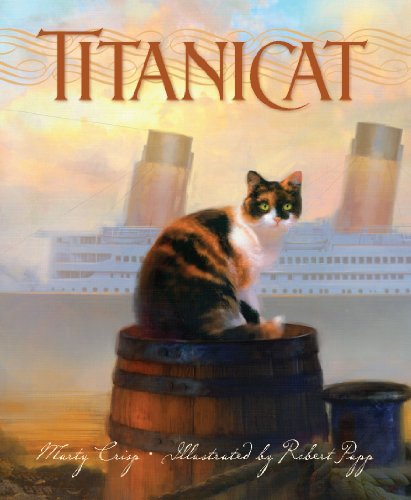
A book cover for Titanicat (True Stories); Marty Crisp; Children's Books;